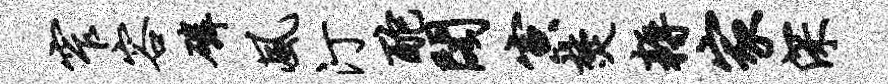
窄容磷风汀酡阁寅焚耨家深